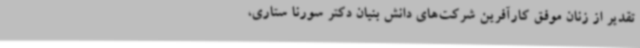
تقدیر از زنان موفق کارآفرین شرکت‌های دانش بنیان دکتر سورنا ستاری،‌